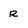
Character: R